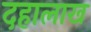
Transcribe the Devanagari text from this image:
दहालाख